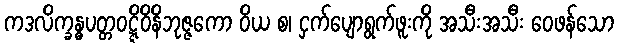
ကဒလိက္ခန္ဓပတ္တဝဋ္ဋိဝိနိဘုဇ္ဇကော ဝိယ စ၊ ငှက်ပျောရွက်ဖူးကို အသီးအသီး ဝေဖန်သော